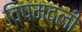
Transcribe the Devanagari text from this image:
विषमदली